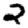
Digit: 2